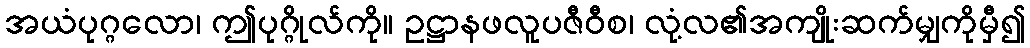
အယံပုဂ္ဂလော၊ ဤပုဂ္ဂိုလ်ကို။ ဥဋ္ဌာနဖလူပဇီဝီစ၊ လုံ့လ၏အကျိုးဆက်မျှကိုမှီ၍